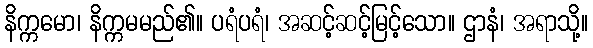
နိက္ကမော၊ နိက္ကမမည်၏။ ပရံပရံ၊ အဆင့်ဆင့်မြင့်သော။ ဌာနံ၊ အရာသို့။